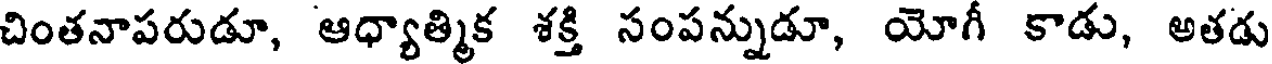
చింతనాపరుడూ, ఆధ్యాత్మిక శక్తి సంపన్నుడూ, యోగీ కాడు, అతడు